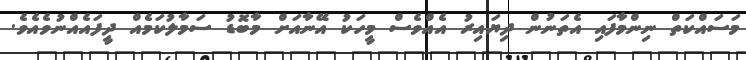
މަސައްކަތް ނިންމާފައި އެތަނުން ދިޔައިރު އެއްވެސް މީހަކު އޭނާއަށް މާބޮޑު ސަމާލުކަމެއް ދީފައެއްނުވެއެވެ.